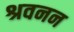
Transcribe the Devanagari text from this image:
श्रवनन